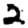
Digit: 2